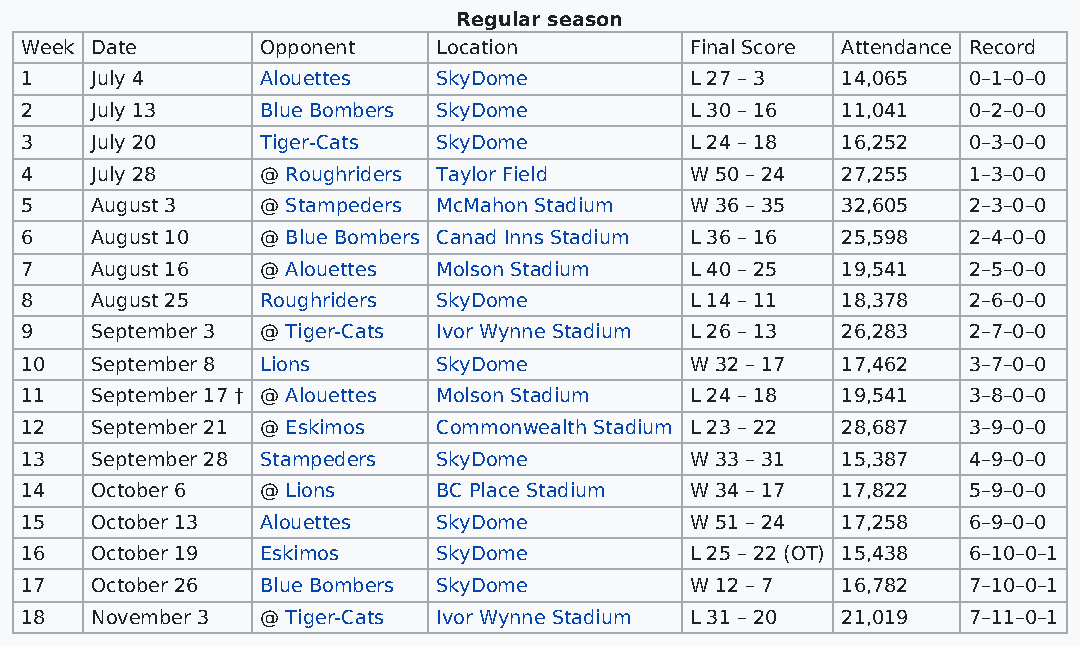
Regular season
 Week Date       Opponent    Location         Final Score Attendance Record
 1    July 4     Alouettes   SkyDome          L 27 – 3  14,065  0–1–0–0
 2    July 13    Blue Bombers SkyDome         L 30 – 16 11,041  0–2–0–0
 3    July 20    Tiger-Cats  SkyDome          L 24 – 18 16,252  0–3–0–0
 4    July 28    @ Roughriders Taylor Field   W 50 – 24 27,255  1–3–0–0
 5    August 3   @ Stampeders McMahon Stadium W 36 – 35 32,605  2–3–0–0
 6    August 10  @ Blue Bombers Canad Inns Stadium L 36 – 16 25,598 2–4–0–0
 7    August 16  @ Alouettes Molson Stadium   L 40 – 25 19,541  2–5–0–0
 8    August 25  Roughriders SkyDome          L 14 – 11 18,378  2–6–0–0
 9    September 3 @ Tiger-Cats Ivor Wynne Stadium L 26 – 13 26,283 2–7–0–0
 10   September 8 Lions      SkyDome          W 32 – 17 17,462  3–7–0–0
 11   September 17 † @ Alouettes Molson Stadium L 24 – 18 19,541 3–8–0–0
 12   September 21 @ Eskimos Commonwealth Stadium L 23 – 22 28,687 3–9–0–0
 13   September 28 Stampeders SkyDome         W 33 – 31 15,387  4–9–0–0
 14   October 6  @ Lions     BC Place Stadium W 34 – 17 17,822  5–9–0–0
 15   October 13 Alouettes   SkyDome          W 51 – 24 17,258  6–9–0–0
 16   October 19 Eskimos     SkyDome          L 25 – 22 (OT) 15,438 6–10–0–1
 17   October 26 Blue Bombers SkyDome         W 12 – 7  16,782  7–10–0–1
 18   November 3 @ Tiger-Cats Ivor Wynne Stadium L 31 – 20 21,019 7–11–0–1